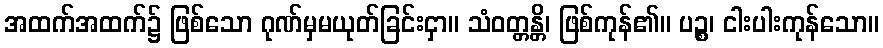
အထက်အထက်၌ ဖြစ်သော ဂုဏ်မှမယုတ်ခြင်းငှာ။ သံဝတ္တန္တိ၊ ဖြစ်ကုန်၏။ ပဉ္စ၊ ငါးပါးကုန်သော။